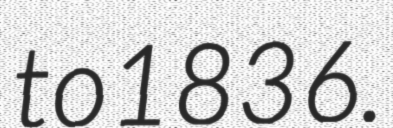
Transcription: to 1836.